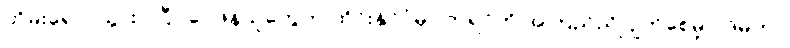
တိမ်းရှောင်သွားပါပြီ၊၊ ဝေဖန်သူတွေက ထိုင်းနိုင်ငံမှာ ဘုရင်ကို အကြည်ညိုပျက်စေမှု ပုဒ်မဟာ